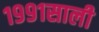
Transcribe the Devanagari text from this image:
१९९१साली